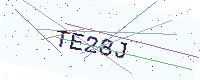
Text: TE28J